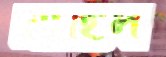
নাহিল